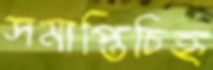
সমাপ্তিচিহ্ন